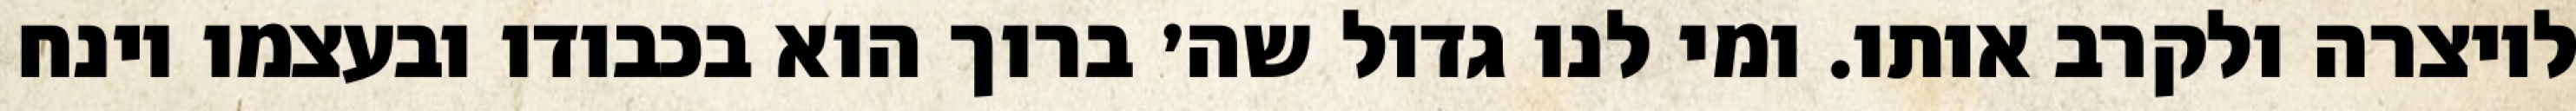
ליוצרה ולקרב אותו. ומי לנו גדול שה׳ ברוך הוא בכבודו ובעצמו וינח